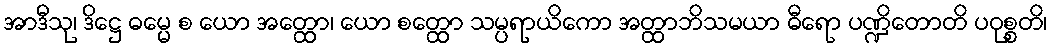
အာဒီသု၊ ဒိဋ္ဌေ ဓမ္မေ စ ယော အတ္ထော၊ ယော စတ္ထော သမ္ပရာယိကော အတ္ထာဘိသမယာ ဓီရော ပဏ္ဍိတောတိ ပဝုစ္စတိ၊